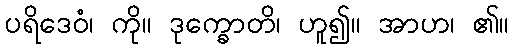
ပရိဒေဝံ၊ ကို။ ဒုက္ခောတိ၊ ဟူ၍။ အာဟ၊ ၏။